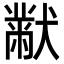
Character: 𭸪